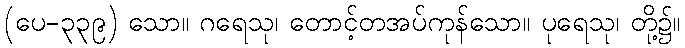
(ပေ-၃၃၉) သော။ ဂရေသု၊ တောင့်တအပ်ကုန်သော။ ပုရေသု၊ တို့၌။